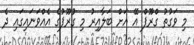
މި ވަގުތު ގްރޫޕް އޭ އަށް ބަލާއިރު މި ގުރޫޕުގެ އެއްވަނައިގައި ދެ